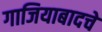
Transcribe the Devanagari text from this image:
गाजियाबादचे